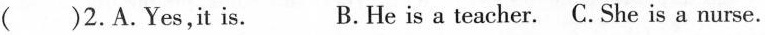
( )2.A.Yes,it is. B.He is a teacher. C.She is a nurse.